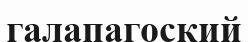
галапагоский